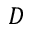
D